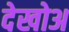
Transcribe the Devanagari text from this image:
देखोअ